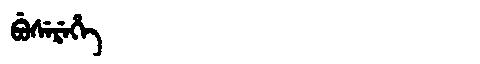
Manchu: ᠪᡠᠰᡝᡵᡝᡥᡝ
Romanization: BUSEREHE